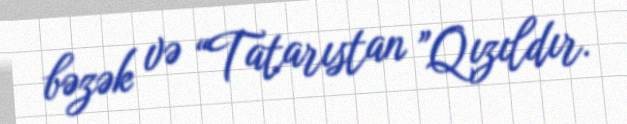
bəzək və “Tatarıstan ”Qızıldır.